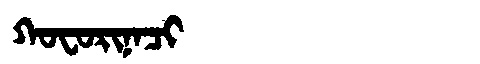
Manchu: ᡴᠣᠸᠣᡵᡳᠨᠠᠴᡳ
Romanization: KOFORINACI